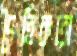
দৈহিকতা